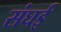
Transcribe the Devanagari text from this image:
संघई